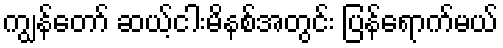
ကျွန်တော် ဆယ့်ငါးမိနစ်အတွင်း ပြန်ရောက်မယ်